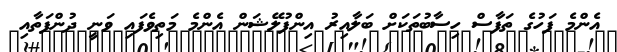
އެންމެ ފަހުގެ ތަފާސް ހިސާބުތަކަށް ބަލާއިރު އިންފުލޭޝަން އެންމެ މަތިވެފައި ވަނީ ދުންފަތާއި